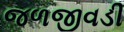
જળજીવડી